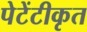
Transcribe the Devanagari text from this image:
पेटेंटीकृत